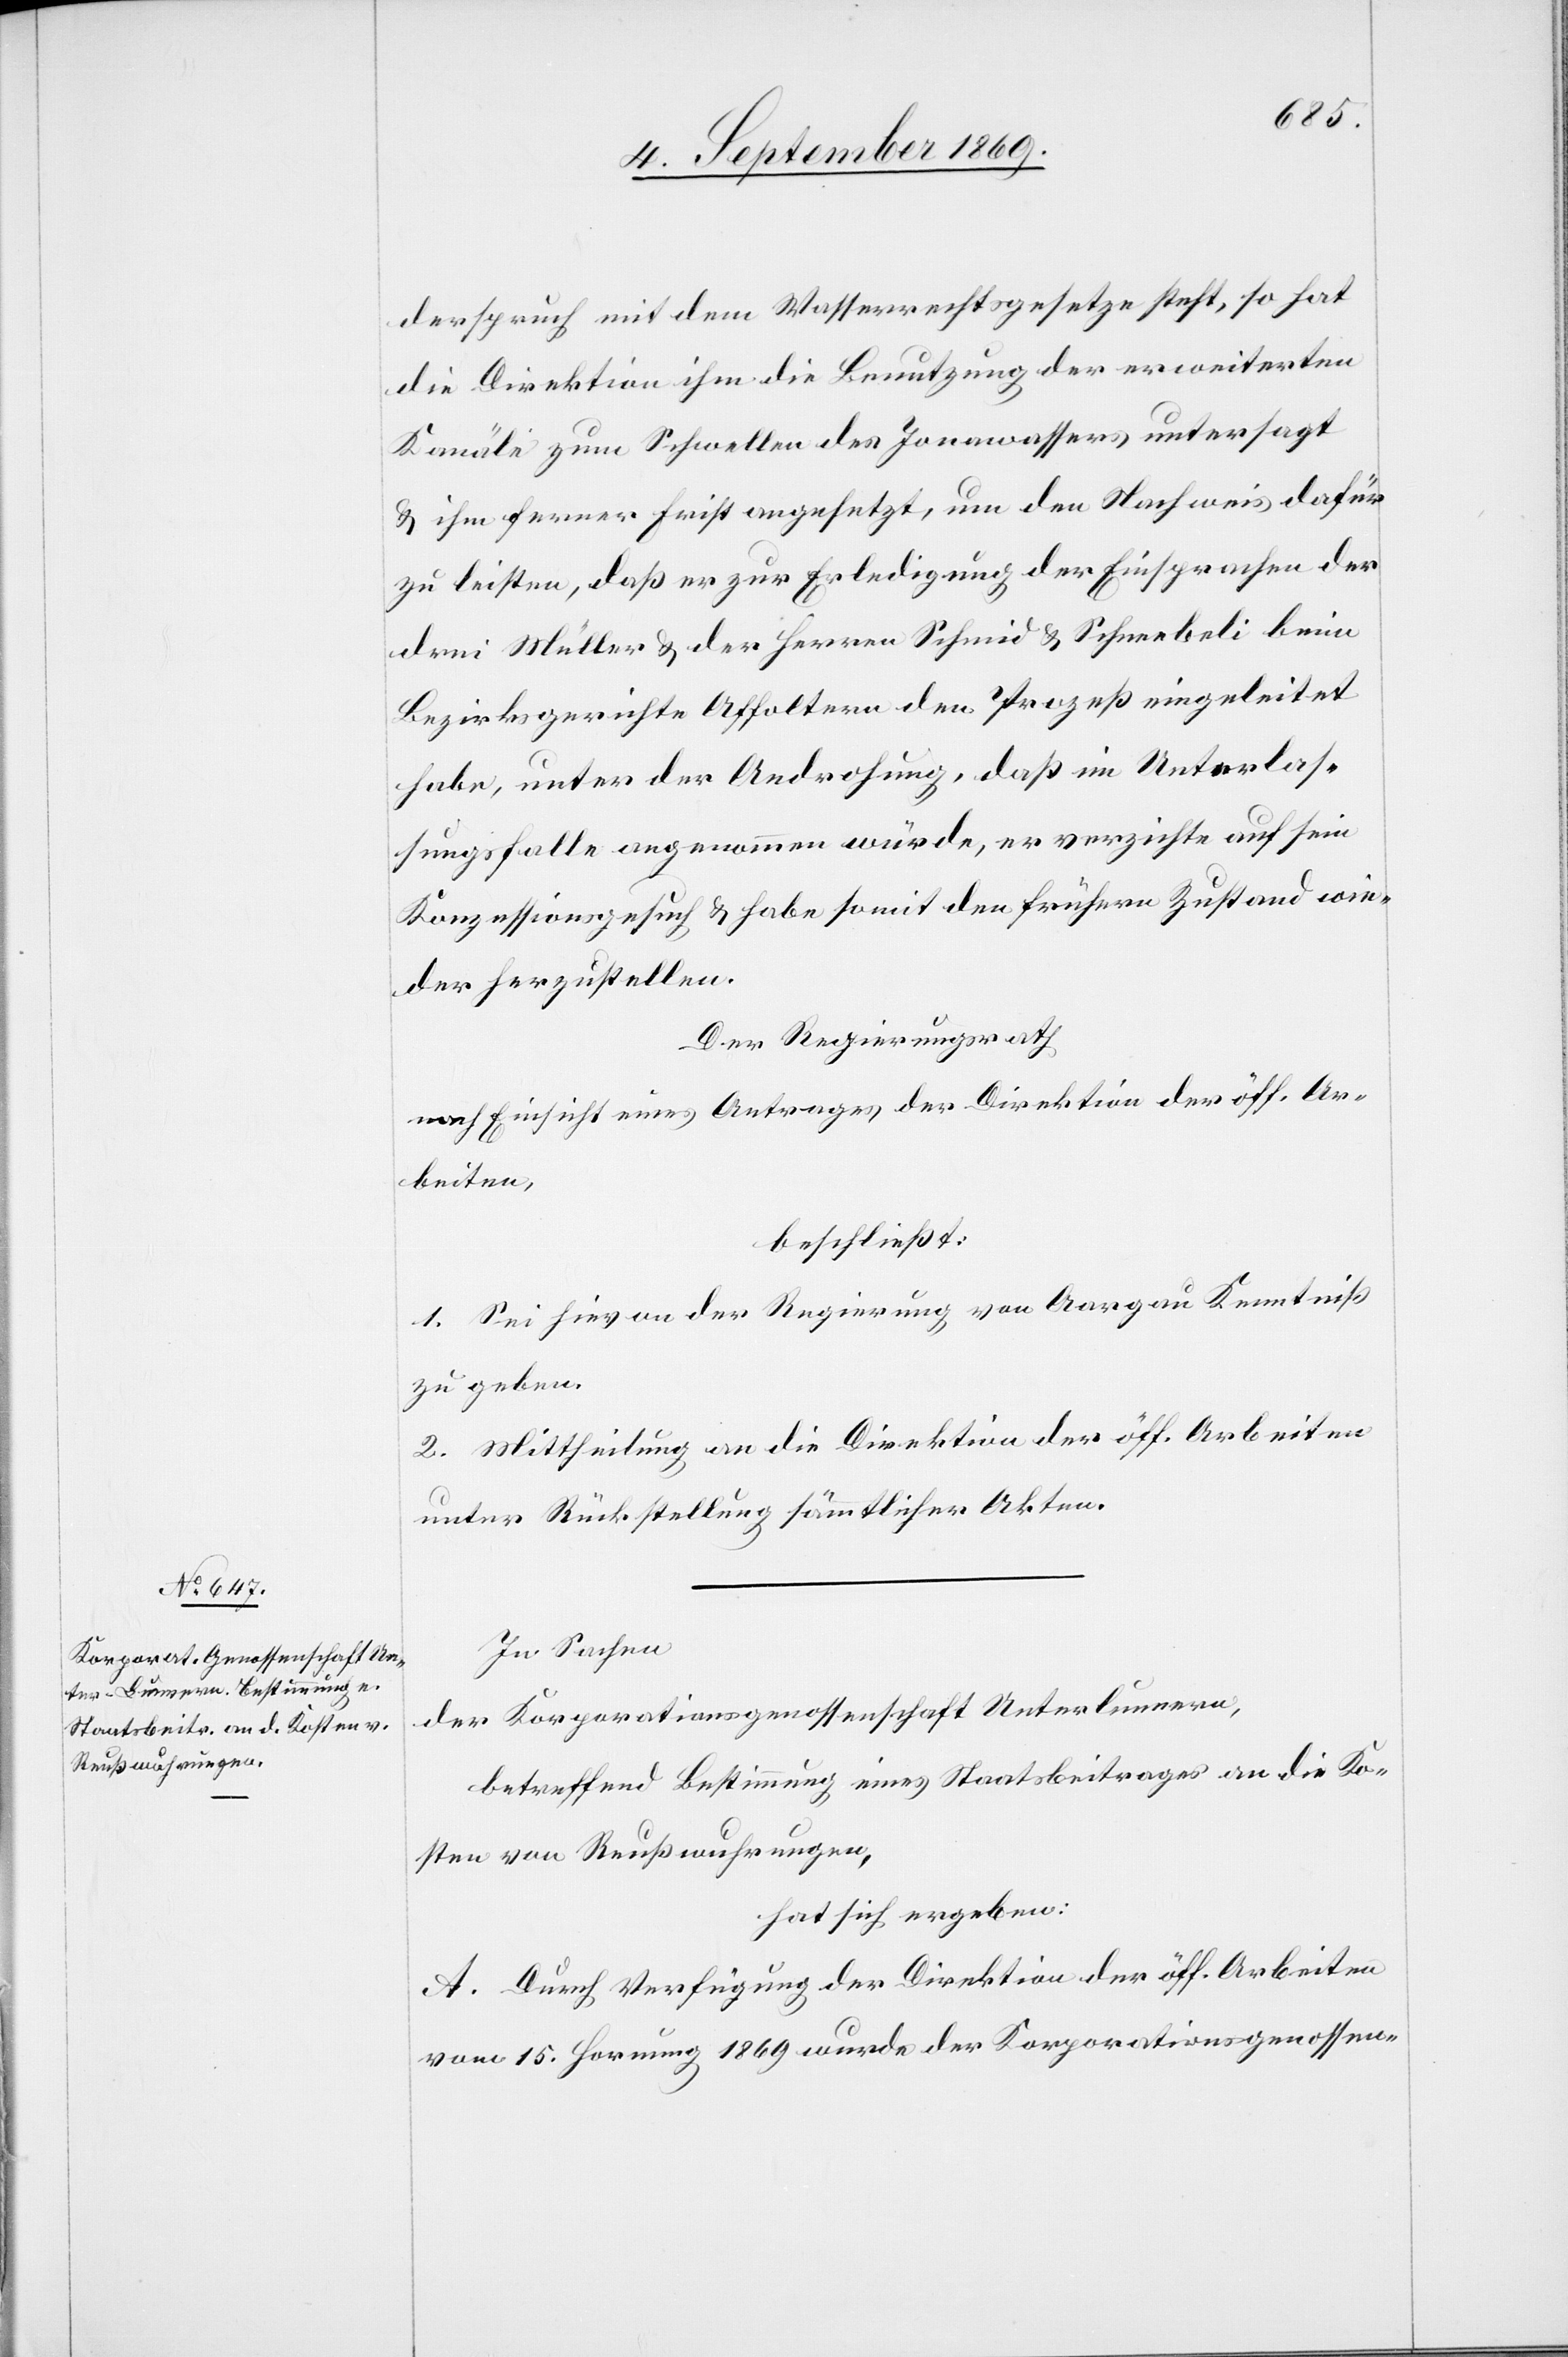
derspruch mit dem Wasserrechtsgesetze steht, so hat
die Direktion ihm die Benutzung der erweiterten
Kanäle zum Schwellen des Jonawassers untersagt
& ihm ferner Frist angesetzt, um den Nachweis dafür
zu leisten, daß er zur Erledigung der Einsprachen der
drei Müller & der Herren Schmid & Schneebeli beim
Bezirksgerichte Affoltern den Prozeß eingeleitet
habe, unter der Androhung, daß im Unterlas¬
sungsfalle angenommen würde, er verzichte auf sein
Konzessionsgesuch & habe somit den frühern Zustand wie¬
der herzustellen.
Der Regierungsrath
nach Einsicht eines Antrages der Direktion der öffentlichen
Arbeiten,
beschließt:
1. Sei hievon der Regierung von Aargau Kenntniß
zu geben.
2. Mittheilung an die Direktion der öff. Arbeiten
unter Rückstellung sämmtlicher Akten.
In Sachen
der Korporationsgenossenschaft Unterlunnern,
betreffend Bestimmung eines Staatsbeitrages an die Ko¬
sten von Reußwuhrungen,
hat sich ergeben:
A. Durch Verfügung der Direktion der öff. Arbeiten
vom 15. Hornung 1869 wurde der Korporationsgenossen-